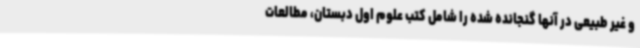
و غیر طبیعی در آنها گنجانده شده را شامل کتب علوم اول دبستان، مطالعات